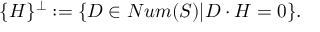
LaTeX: \{ H \} ^ { \perp } : = \{ D \in N u m ( S ) | D \cdot H = 0 \} .